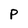
Character: P